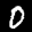
Label: 0